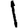
Digit: 1